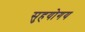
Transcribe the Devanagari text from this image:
सुहयोगय